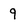
Character: 9